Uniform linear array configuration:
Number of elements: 24
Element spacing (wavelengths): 0.75
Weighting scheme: binomial
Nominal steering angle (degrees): -15
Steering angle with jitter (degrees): -16.631
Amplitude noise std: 0.05
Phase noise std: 0.05

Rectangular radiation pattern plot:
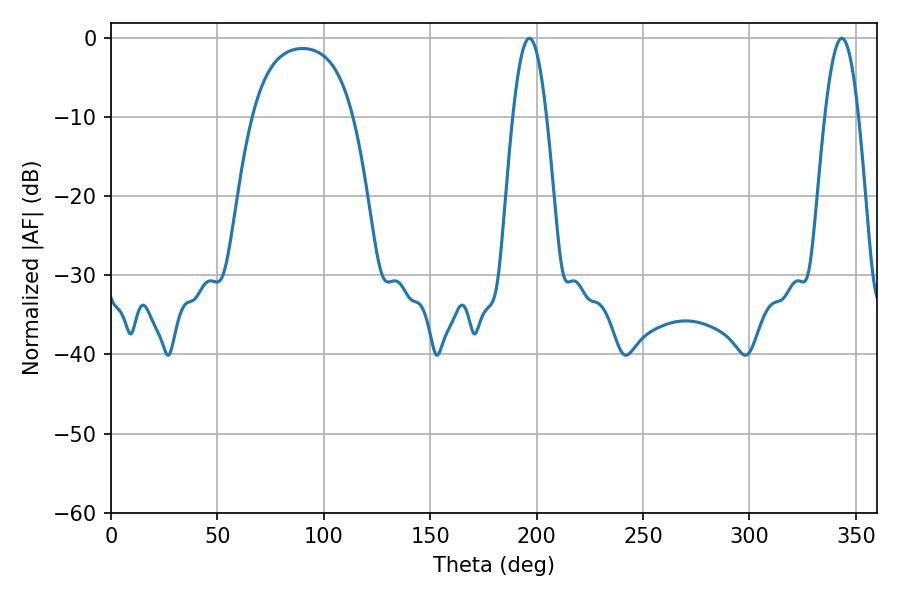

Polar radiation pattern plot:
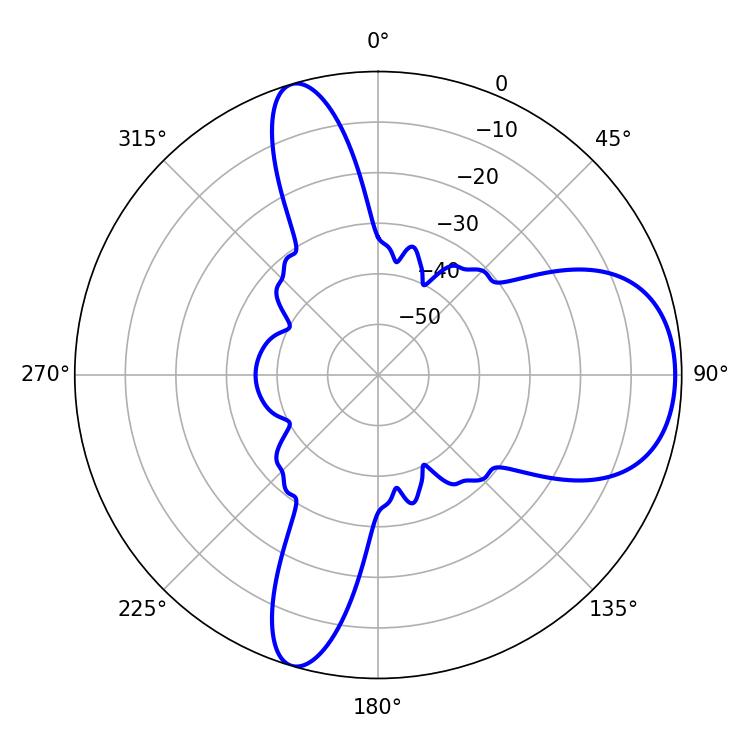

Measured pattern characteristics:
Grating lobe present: TRUE
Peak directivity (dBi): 8.014
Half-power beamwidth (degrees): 8.46
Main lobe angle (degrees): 196.56